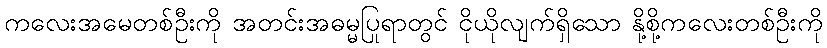
ကလေးအမေတစ်ဦးကို အတင်းအဓမ္မပြုရာတွင် ငိုယိုလျက်ရှိသော နို့စို့ကလေးတစ်ဦးကို